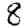
Digit: 8